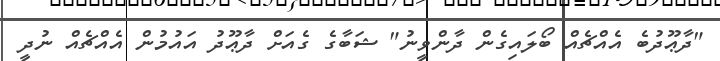
"ދާޢޫދުބެ އެއްޗެއް ބޯލައިގެން ދާންވީނު" ޝަބާގެ ގެއަށް ދާޢޫދު އައުމުން އެއްޗެއް ނުދީ